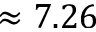
\approx 7 . 2 6